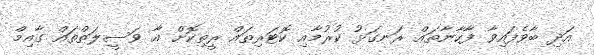
އަދި ބާވެފައިވާ ފާހާނާތައް ރަނގަޅު ކުރުމާއި ކޮޓަރިތައް ރީތިކޮށް އާ ވަސީލަތްތައް ގާއިމް